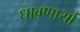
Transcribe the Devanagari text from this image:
धावणार्या